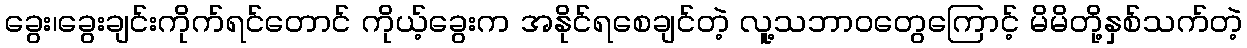
ခွေး၊ခွေးချင်းကိုက်ရင်တောင် ကိုယ့်ခွေးက အနိုင်ရစေချင်တဲ့ လူ့သဘာဝတွေကြောင့် မိမိတို့နှစ်သက်တဲ့